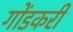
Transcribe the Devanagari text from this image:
गोंडकरी